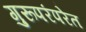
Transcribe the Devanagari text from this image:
गुरूपरंपरेत